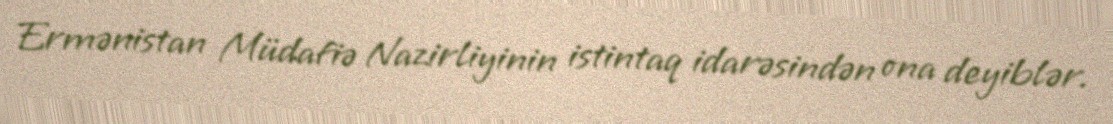
Ermənistan Müdafiə Nazirliyinin istintaq idarəsindən ona deyiblər.